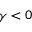
\gamma < 0